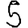
Digit: 5